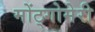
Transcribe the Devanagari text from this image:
मोंट्गोमेरी